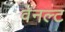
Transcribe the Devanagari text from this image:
वेनल्ट